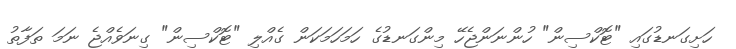
ހަށިގަނޑުގައި "ޓޮކްސިން" ހުންނަންޖެހޭ މިންގަނޑުގެ ހަމަހަމަކަން ގެއްލި "ޓޮކްސިން" ގިނަވެއްޖެ ނަމަ ތަފާތު